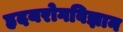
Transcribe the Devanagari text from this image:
हृदयरोगविज्ञान